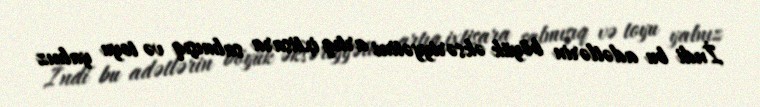
İndi bu adətlərin böyük əksəriyyətini artıq ixtisara salmışıq və toyu yalnız